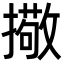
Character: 擏